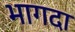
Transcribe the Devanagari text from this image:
भागदा